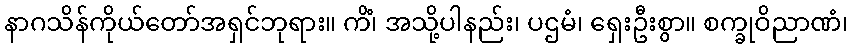
နာဂသိန်ကိုယ်တော်အရှင်ဘုရား။ ကိံ၊ အသို့ပါနည်း၊ ပဌမံ၊ ရှေးဦးစွာ။ စက္ခုဝိညာဏံ၊